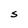
Character: S